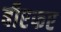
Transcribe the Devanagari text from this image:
बीएफए